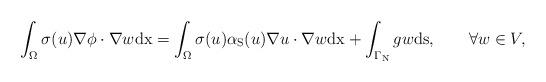
LaTeX: \begin{align*}\int_\Omega\sigma(u) \nabla\phi\cdot\nabla w\mathrm{dx}=\int_\Omega \sigma(u) \alpha_\mathrm{S} (u)\nabla u\cdot \nabla w \mathrm{dx}+ \int_{\Gamma_\mathrm{N}} gw \mathrm{ds},\qquad\forall w\in V,\end{align*}